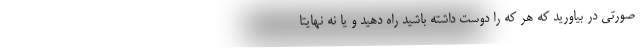
صورتی در بیاورید که هر که را دوست داشته باشید راه دهید و یا نه نهایتا